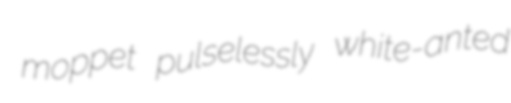
moppet pulselessly white-anted